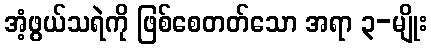
အံ့ဖွယ်သရဲကို ဖြစ်စေတတ်သော အရာ ၃-မျိုး